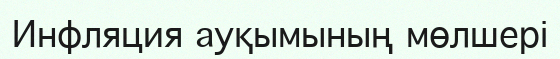
Инфляция ауқымының мөлшері